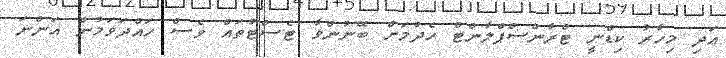
އަދި މިހާރު ކިޑްނީ ޓްރާންސްޕްލާންޓް ހެދުމަށް ބޭނުންވާ ޓެސްޓުތައް ވެސް ހައްދަވަމުން އަންނަ